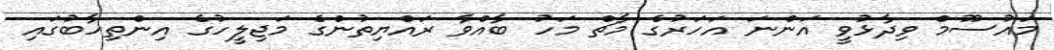
މައުސޫމް ވިދާޅުވީ އަންނަ އަހަރުގެ މާޗް މަހު ބާއްވާ ރައްޔިތުންގެ މަޖިލީހުގެ އިންތިހާބުގައި